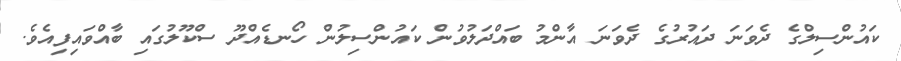
ކައުންސިލްގެ ދެވަނަ ދައުރުގެ ދެވަނަ އާންމު ބައްދަލުވުން ކައުންސިލުން ހޯނޑެއްދޫ ސްކޫލުގައި ބާއްވައިފިއެވެ.